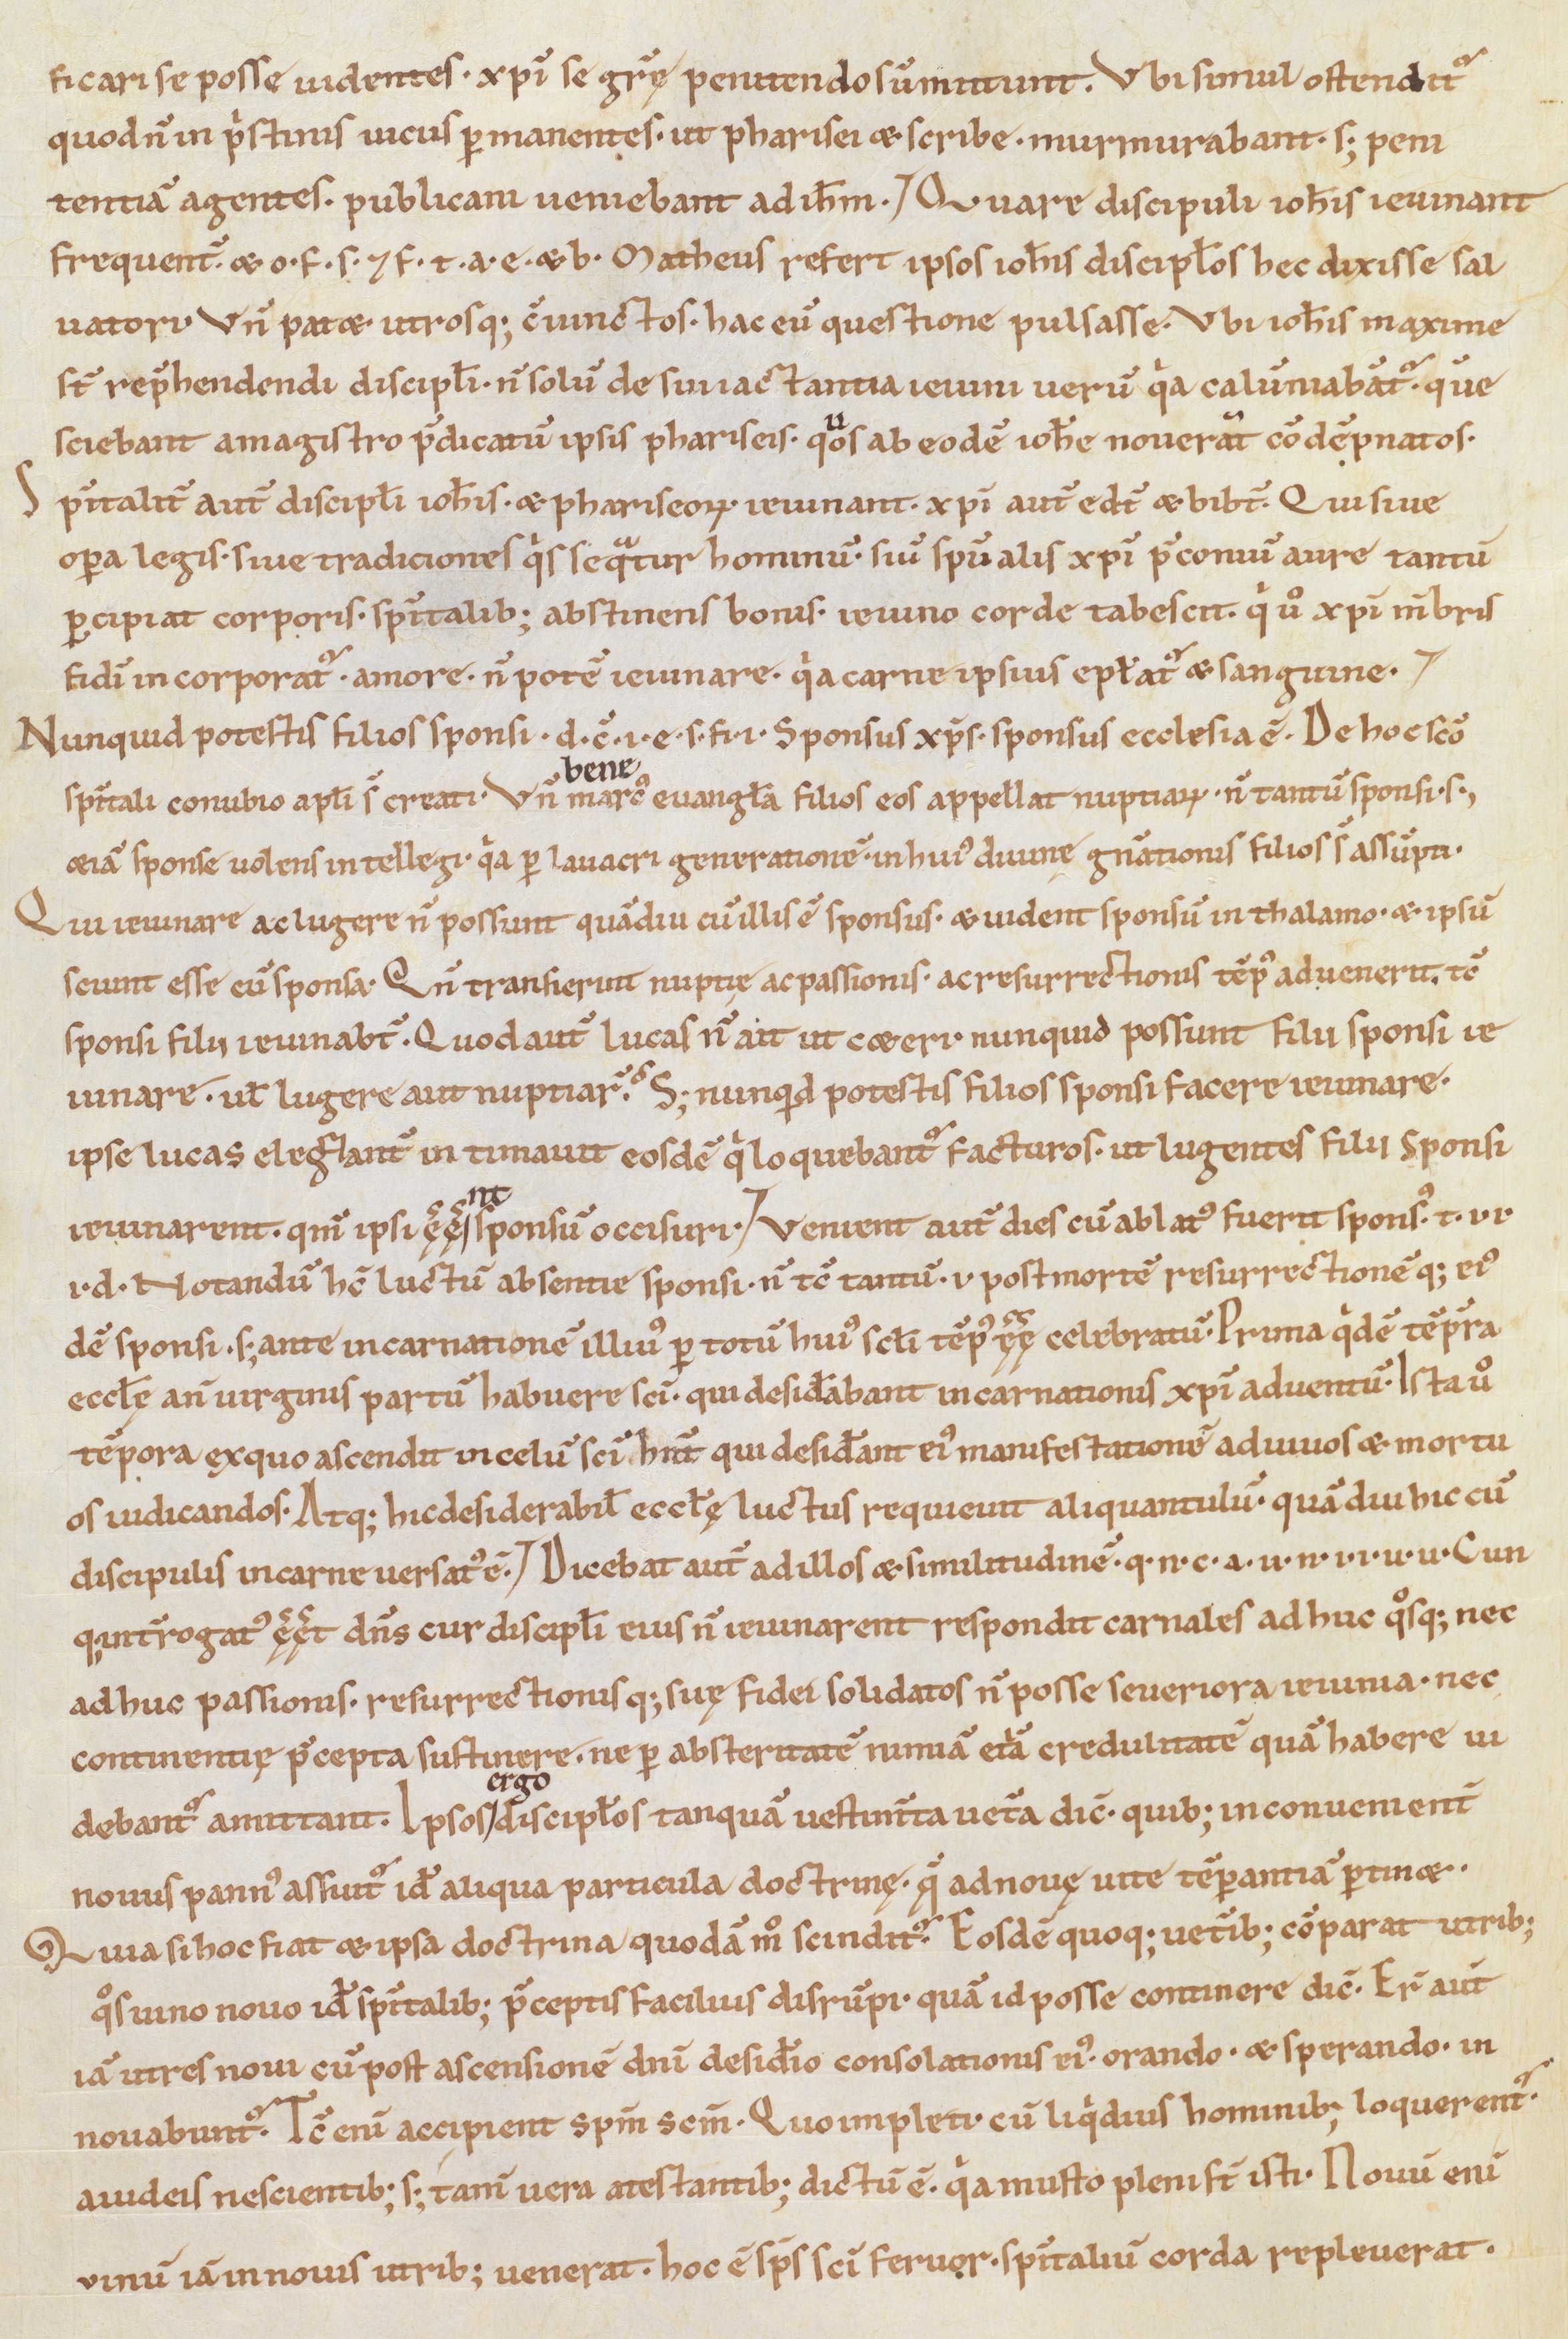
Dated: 1100–1199